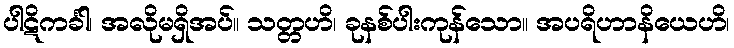
ပါဋိကင်္ခါ၊ အလိုမရှိအပ်။ သတ္တဟိ၊ ခုနစ်ပါးကုန်သော။ အပရိဟာနိယေဟိ၊